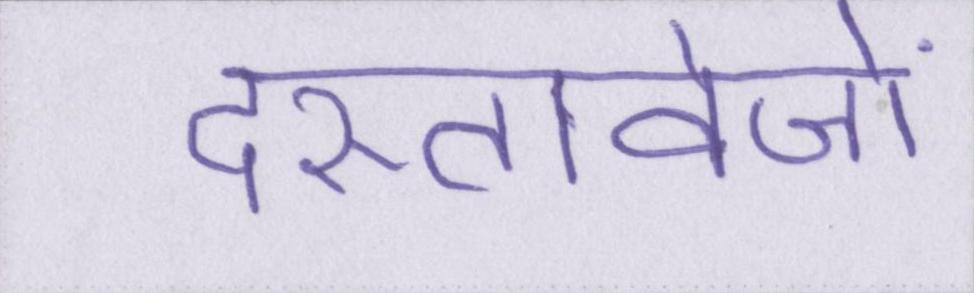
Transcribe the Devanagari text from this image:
दस्तावेजों